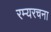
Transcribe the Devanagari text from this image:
रम्यरचना